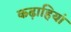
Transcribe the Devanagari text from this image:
कढ़ाहियां